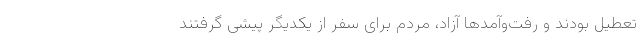
تعطیل بودند و رفت‌وآمدها آزاد، مردم برای سفر از یکدیگر پیشی گرفتند